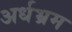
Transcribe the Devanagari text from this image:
अर्धभ्रम